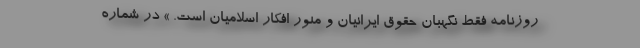
روزنامه فقط نگهبان حقوق ایرانیان و منور افکار اسلامیان است. » در شماره